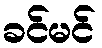
ခင်မင်